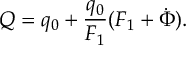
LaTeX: Q = q _ { 0 } + \frac { q _ { 0 } } { F _ { 1 } } ( F _ { 1 } + \dot { \Phi } ) .